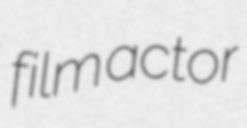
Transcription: film actor